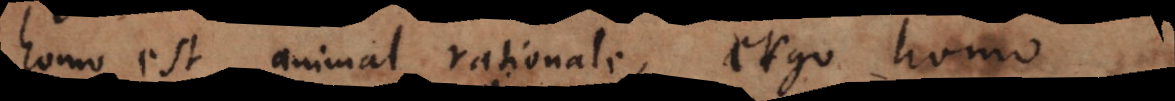
homo est animal rationale, ergo homo